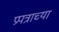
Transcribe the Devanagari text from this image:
प्रपत्राच्या